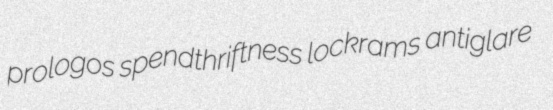
prologos spendthriftness lockrams antiglare